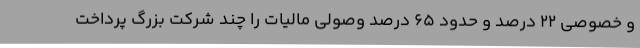
و خصوصی 22 درصد و حدود 65 درصد وصولی مالیات را چند شرکت بزرگ پرداخت